Indian Medical Review
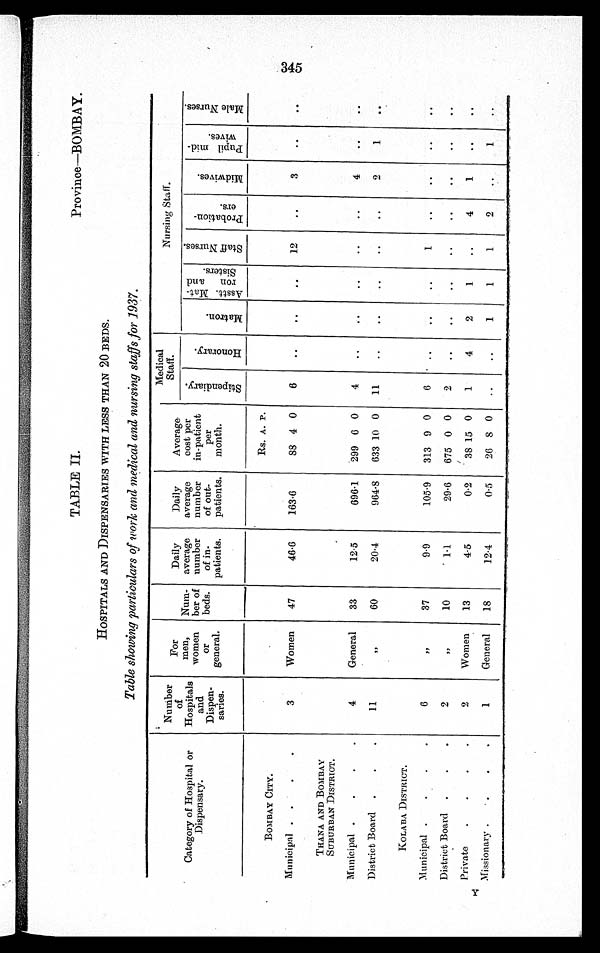
TABLE IL
Province—BOMBAY.
HOSPITALS AND DISPENSARIES WITH LESS THAN 20 BEDS.
Table showing particulars of work and medical and nursing staffs for 1 937.
Category of Hospital or
Di spensary.
Number
of
Hospitals
and
Dispen-
saries.
For
men,
women
Or
general.
Num-
ber of
beds.
Daily
average
number
of in-
patients.
Daily
average
number
of out-
patients.
Average
cost per
in-patient
per
month.
Medical
Staff.
Nursing Staff.
S t i p e n d i a r y .
H o n o r a r y .
M a t r o n .
A s s t t . M a t r o n a n d S i s t e r s .
S t a f f N u r s e s
P r o b a t i o n e r s .
M i d w i v e s .
P u p i l mi d - wi v e s .
Ma l e Nu r s e s .
Rs. A. P.
BOMBAY CITY.
Municipal
3
Women
47
46·6
163·6
88 4 0
6
. .
. .
..
12
..
3
..
. .
THANA AND BOMBAY
SUBURBAN DISTRICT.
Municipal
4
General
33
12·5
696·1
299 6 0
4
..
..
..
..
..
4
. .
..
District Board
11
,,
60
20·4
964·8
633 10 0
11
. .
..
. .
. .
. .
2
1
. .
KOLABA DISTRICT.
Municipal
6
..
37
9·9
105·9
313 9 0
6
..
..
..
1
..
..
..
..
District Board
2
10
1·1
29·6
675 0 0
2
. .
..
..
. .
..
. .
. .
. .
Private
2
Women
13
4·5
0·2
38 15 0
1
4
2
1
..
4
1
..
..
Missionary
1
General
18
12·4
0·5
26
8 0
..
. .
1 1
1
2
..
1
..